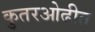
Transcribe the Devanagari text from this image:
कुतरओढीत